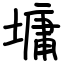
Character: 墉